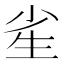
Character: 𰢫